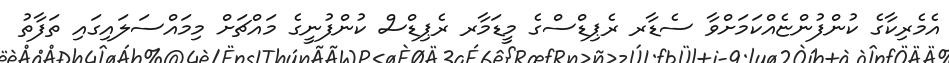
އެމެރިކާގެ ކުންފުންޏެއްކަމަށްވާ ސެޑާރ ރެޕިޑްސްގެ މީޑަމާރ ރެޕިޑްސް ކުންފުނީގެ މައްޗަށް މިމައްސަލައިގައި ތަފާތު